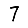
Digit: 7